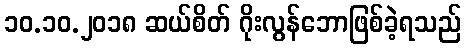
၁၀.၁၀.၂၀၁၈ ဆယ်စိတ် ဂိုးလွန်ဘောဖြစ်ခဲ့ရသည်